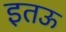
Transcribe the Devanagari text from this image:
इतऊ